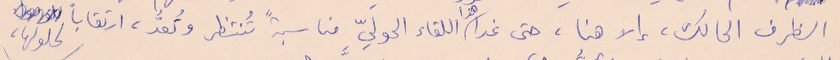
الظرف الحالك، إلا هنا، حتى غدا هذا اللقاء الدوليّ مناسبةً تُنتظر وتُعدُّ، ارتقاباً لحلولها،